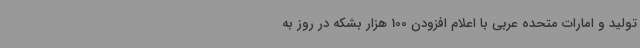
تولید و امارات متحده عربی با اعلام افزودن 100 هزار بشکه در روز به